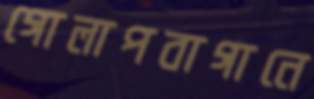
গোলাপবাগানে